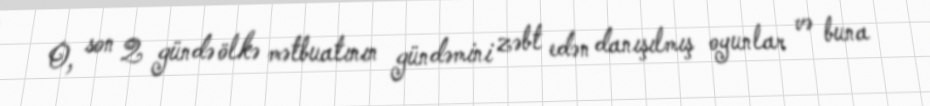
O, son 2 gündə ölkə mətbuatının gündəmini zəbt edən danışılmış oyunlar və buna